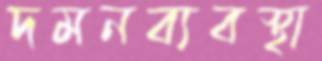
দমনব্যবস্থা